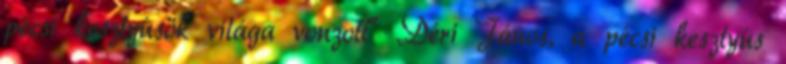
pécsi kesztyûsök világa vonzott“ Déri János, a pécsi kesztyûs